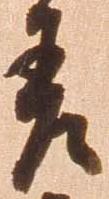
差